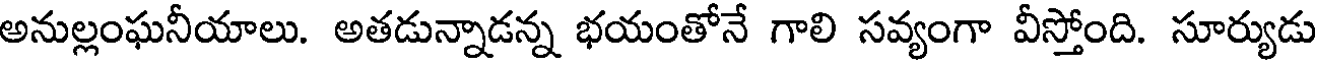
అనుల్లంఘనీయాలు. అతడున్నాడన్న భయంతోనే గాలి సవ్యంగా వీస్తోంది. సూర్యుడు